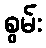
စွမ်း